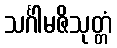
သင်္ဂါမဇိသုတ္တံ